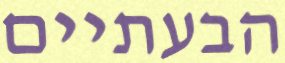
הבעתיים